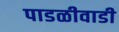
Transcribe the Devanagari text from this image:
पाडळीवाडी